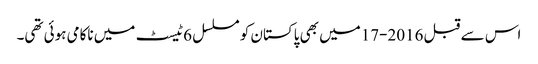
اس سے قبل 2016-17میں بھی پاکستان کو مسلسل 6ٹیسٹ میں ناکامی ہوئی تھی۔